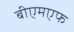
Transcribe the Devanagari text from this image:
बीएमएफ